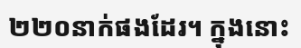
២២០នាក់ផងដែរ។ ក្នុងនោះ